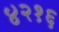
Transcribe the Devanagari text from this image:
४२१६